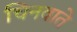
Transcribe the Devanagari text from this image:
चिनवाते